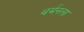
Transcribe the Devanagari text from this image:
थर्मनला